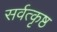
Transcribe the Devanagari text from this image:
सर्वत्कृष्ठ